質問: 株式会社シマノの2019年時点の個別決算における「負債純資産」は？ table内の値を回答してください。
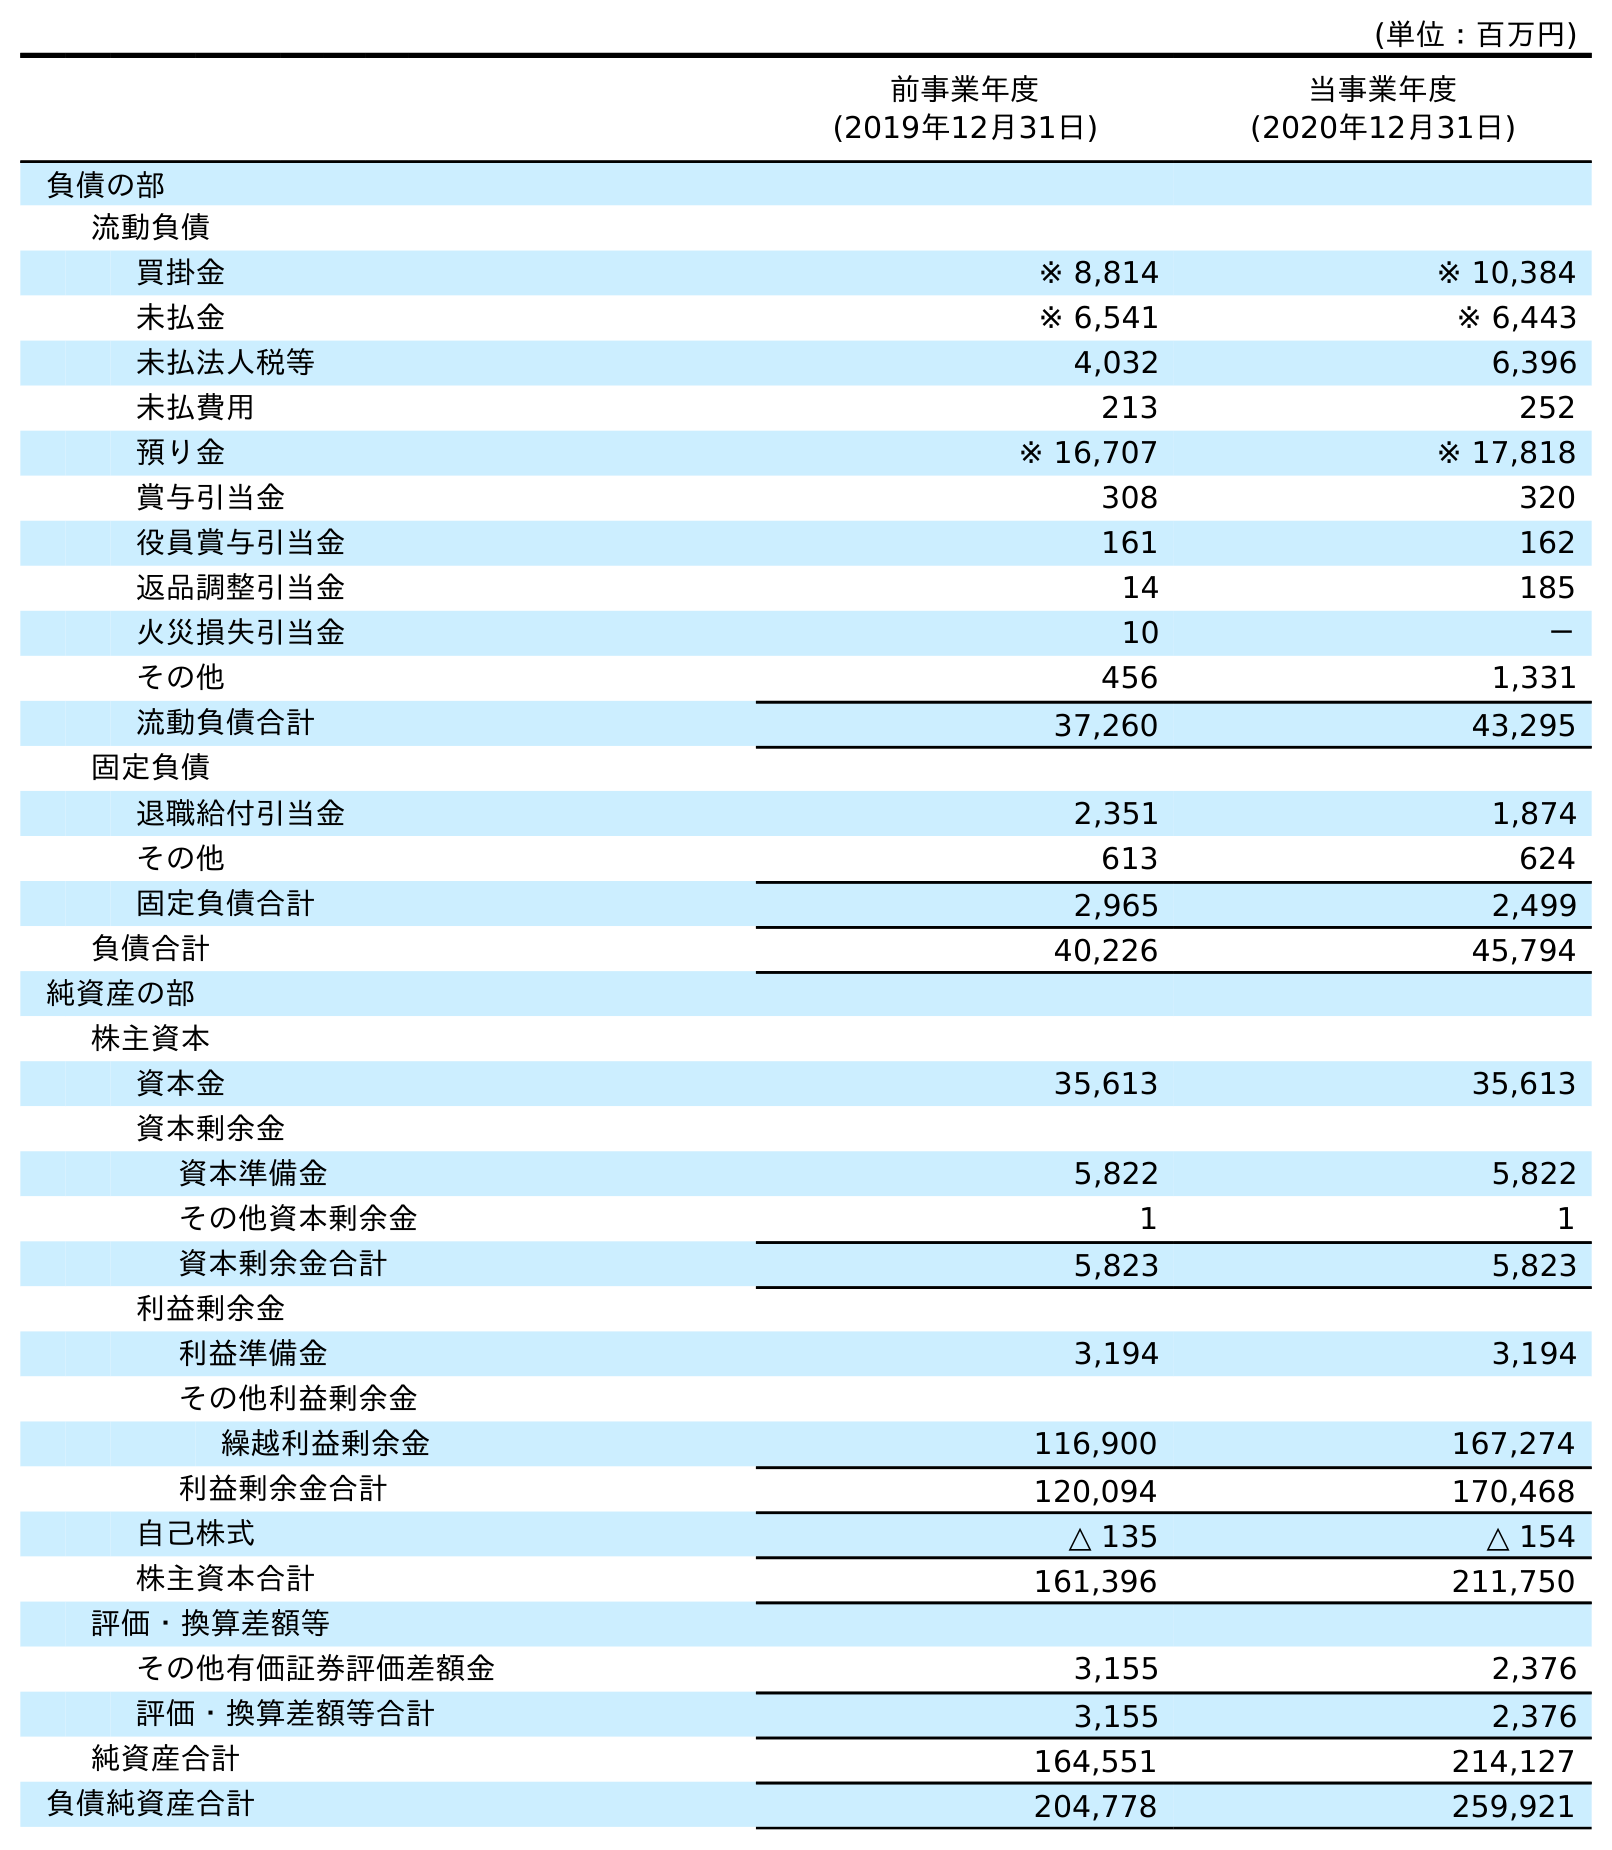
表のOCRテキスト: (単位：百万円) 前事業年度 (2019年12月31日) 当事業年度 (2020年12月31日) 負債の部 流動負債 買掛金 ※ 8,814 ※ 10,384 未払金 ※ 6,541 ※ 6,443 未払法人税等 4,032 6,396 未払費用 213 252 預り金 ※ 16,707 ※ 17,818 賞与引当金 308 320 役員賞与引当金 161 162 返品調整引当金 14 185 火災損失引当金 10 － その他 456 1,331 流動負債合計 37,260 43,295 固定負債 退職給付引当金 2,351 1,874 その他 613 624 固定負債合計 2,965 2,499 負債合計 40,226 45,794 純資産の部 株主資本 資本金 35,613 35,613 資本剰余金 資本準備金 5,822 5,822 その他資本剰余金 1 1 資本剰余金合計 5,823 5,823 利益剰余金 利益準備金 3,194 3,194 その他利益剰余金 繰越利益剰余金 116,900 167,274 利益剰余金合計 120,094 170,468 自己株式 △ 135 △ 154 株主資本合計 161,396 211,750 評価・換算差額等 その他有価証券評価差額金 3,155 2,376 評価・換算差額等合計 3,155 2,376 純資産合計 164,551 214,127 負債純資産合計 204,778 259,921
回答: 204,778